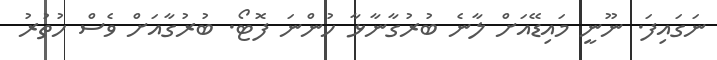
ނަގައިފަ. ނޫނީ މައިޑޭއަށް ލާނެ ބުރުގާނާޅާ ހުންނަ ފޮޓޯ. ބުރުގާއަށް ވެސް ހުތުރު